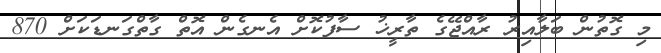
މި ގޮތުން ބަލާއިރު ރާއްޖޭގެ ތާރީޚު ސާފުކޮށް އެނގެން އޮތް ގާތްގަނޑަކަށް 870